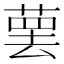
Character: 𰱯